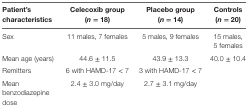
<table><thead><tr><td><b>Patient’s characteristics</b></td><td><b>Celecoxib group (<i>n</i> = 18)</b></td><td><b>Placebo group (<i>n</i> = 14)</b></td><td><b>Controls (<i>n</i> = 20)</b></td></tr></thead><tbody><tr><td>Sex</td><td>11 males, 7 females</td><td>5 males, 9 females</td><td>15 males, 5 females</td></tr><tr><td>Mean age (years)</td><td>44.6 ± 11.5</td><td>43.9 ± 13.3</td><td>40.0 ± 10.4</td></tr><tr><td>Remitters</td><td>6 with HAMD-17 &lt; 7</td><td>3 with HAMD-17 &lt; 7</td><td></td></tr><tr><td>Mean benzodiazepine dose</td><td>2.4 ± 3.0 mg/day</td><td>2.7 ± 3.1 mg/day</td><td></td></tr></tbody></table>